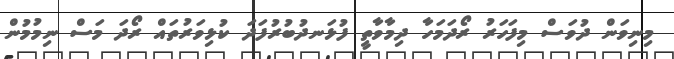
މިނިވަން ދުވަސް މިފަހަރު ރޯދަމަހާ ދިމާވާތީ ފުޅަނދުބުރުފަދަ ކުޅިވަރުތައް ރޯދަ މަސް ނިމުމުން